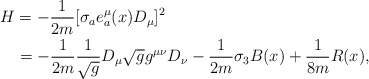
\begin{align*}\begin{array}{l}{\displaystyle{H=-\frac{1}{2m}[\sigma_{a}e^{\mu}_{a}(x)D_{\mu}]^{2}}}\hspace{4.6cm}\vspace{0.15cm}\\*\hspace{0.5cm}{\displaystyle{=-\frac{1}{2m}\frac{1}{\sqrt{g}}D_{\mu}\sqrt{g}g^{\mu\nu}D_{\nu}-\frac{1}{2m}\sigma_{3}B(x)+\frac{1}{8m}R(x),}}\end{array}\end{align*}